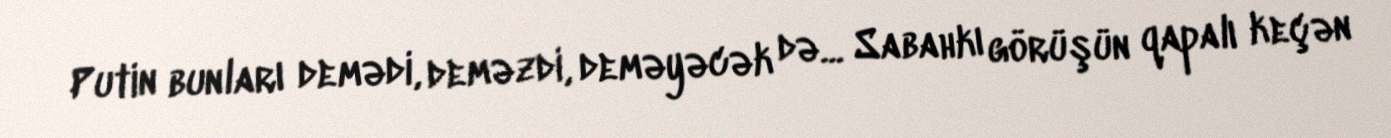
Putin bunları demədi, deməzdi, deməyəcək də... Sabahkı görüşün qapalı keçən